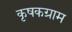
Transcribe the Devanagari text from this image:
कृषकग्राम